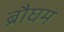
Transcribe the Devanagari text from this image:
ब्रौघम